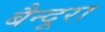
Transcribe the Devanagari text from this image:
बैन्दूरा